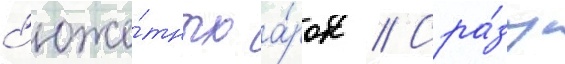
с'юже́тных а́рок // Сра́зу